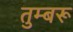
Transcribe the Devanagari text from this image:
तुम्बरू